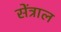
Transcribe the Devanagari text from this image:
सेंत्राल